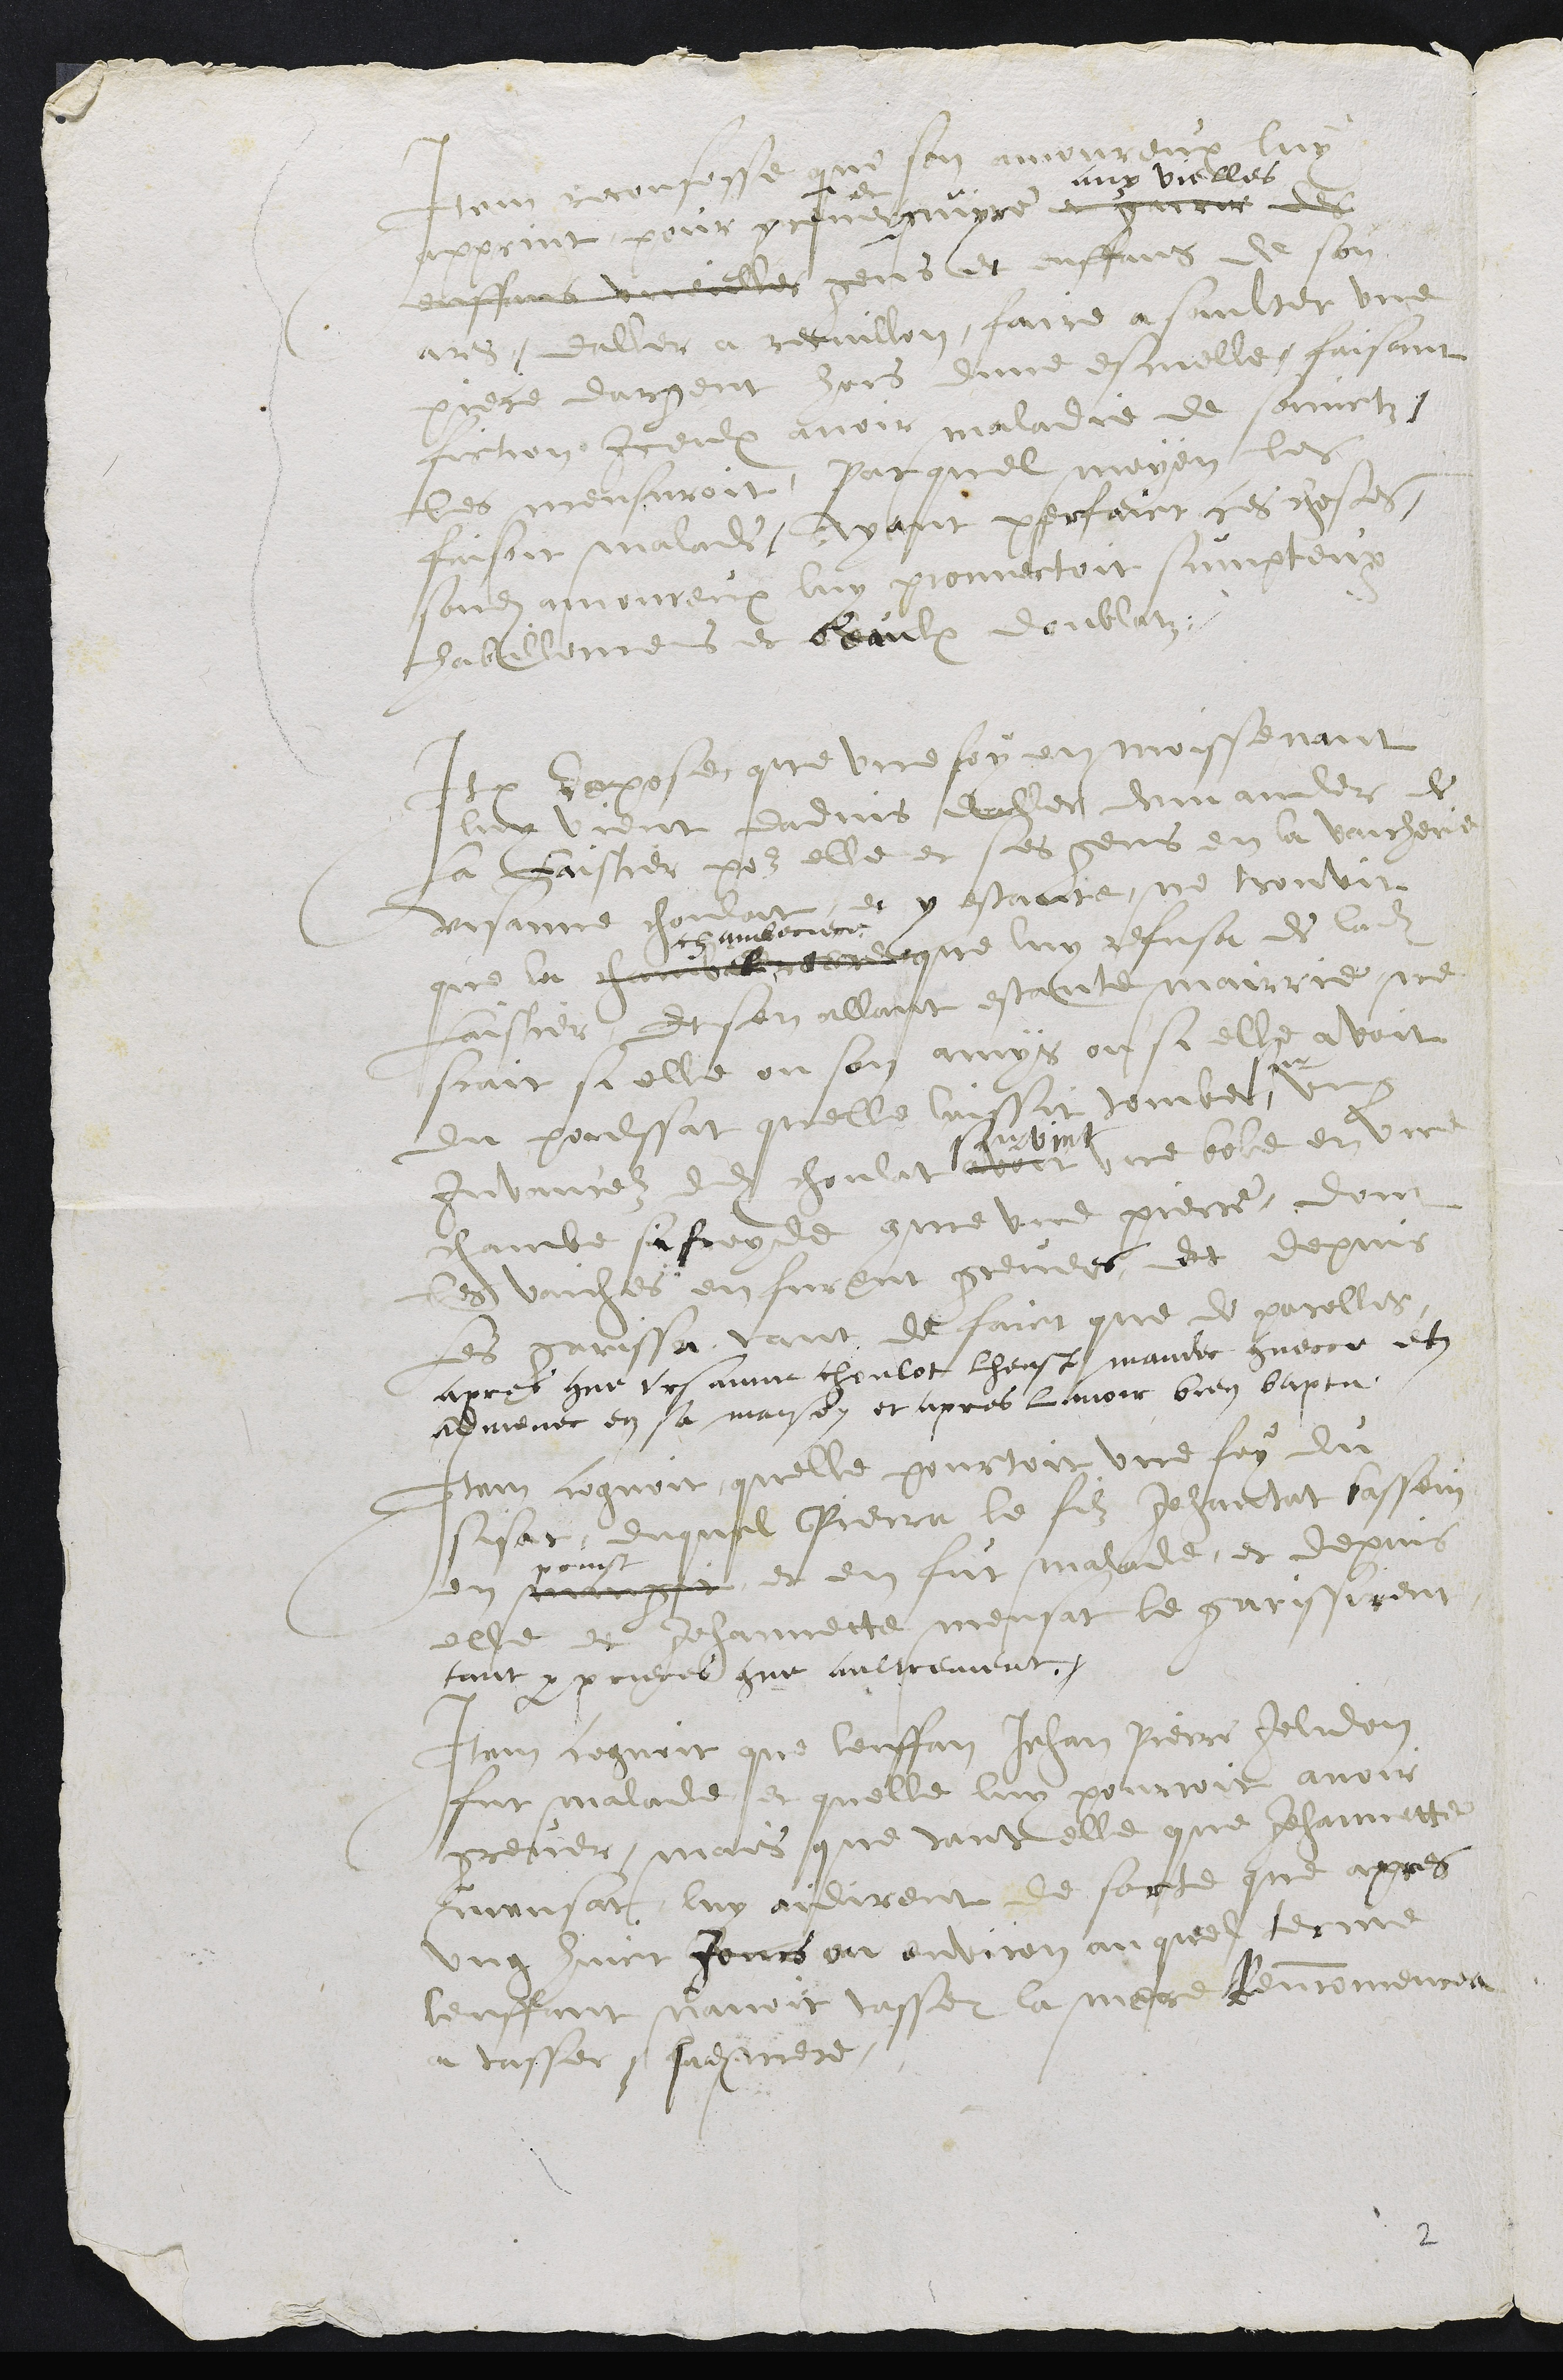
Item reconfesse que son amoureux luy
apprint pour commencer
de
nuyre et grever des
aux vielles
enffant ou vielles gens et enffans de son
ars, daller a recuillon, faire a saulter une
piece dargent hors dune escuelle faisant
fiction Iceulx avoir maladie de sainctz
les meusuroit, Par quel moyen les
faisoit malade ayant perfaict ces choses,
sondit amoureux luy promectoit sumpteux
habillemens et beaulx doublatz.
Item depose que une foy en moissenant
luy vient dadvis de aller demander de
La Laistier pour elle et ses gens en la vaicherie
Ursanne Choulat, et y estante, ne trouvit
que la chambeleriere
chamberiere
que luy refusa de ladite
Laistier, Et sen allant estante mairrie ne
scait si elle ou son amys ou si elle avoit
du poulssat quelle laissit tomber
sur
+ ung
Juvencelz dudit Choulat avoit
survint
une bole en une
chambe si froyde comme une pierre, dont
lesdites vaiches en furent grevees Et depuis
les garissa tant de faict que de parolles
apres que Ursanne choulat lheust mandee guerir et
admenee en sa maison et apres lavoir bien baptu.
Item cognoit quelle pourtoit une foy du
sisat, duquel Pierra le filz Jehantat bassein
en
prinst
mangit et en fut malade, et depuis
elle et Jehannette meusat le garissirent
tant par prieres que aultrement.
Item cognoit que lenffan Jehan Pierre Jolidon
fut malade et quelle luy pourroit avoir
grever, mais que tant elle que Jehannette
meusat luy aidirent de sorte que apres
ung huict Jours ou environ au quel terme
lenffant navoir tasser la mere Rencommencea
a tasser s sadite mere.